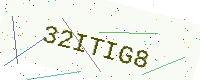
Text: 32ITIG8